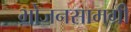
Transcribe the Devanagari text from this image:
भोजनसामग्री